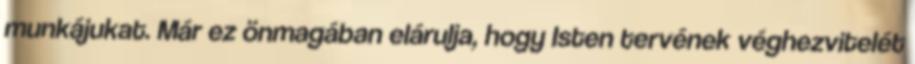
munkájukat. Már ez önmagában elárulja, hogy Isten tervének véghezvitelét